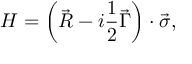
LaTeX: { \cal H } = \left( \vec { R } - i \frac 1 2 \vec { \Gamma } \right) \cdot \vec { \sigma } ,